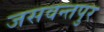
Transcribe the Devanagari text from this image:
जसवन्तपुर